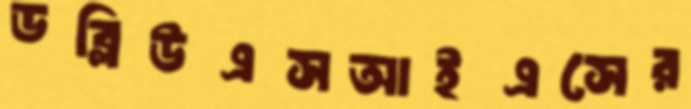
ডব্লিউএসআইএসের